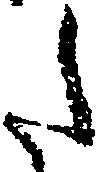
た